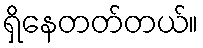
ရှိနေတတ်တယ်။